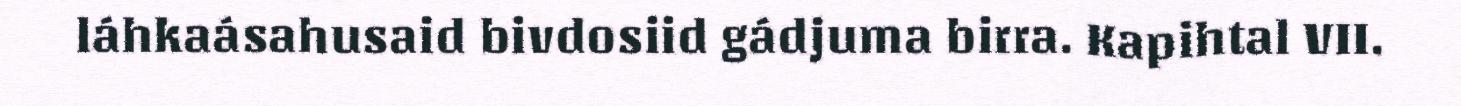
láhkaásahusaid bivdosiid gádjuma birra. Kapihtal VII.